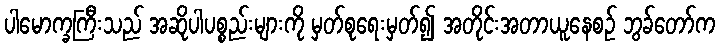
ပါမောက္ခကြီးသည် အဆိုပါပစ္စည်းများကို မှတ်စုရေးမှတ်၍ အတိုင်းအတာယူနေစဉ် ဘွခ်တော်က